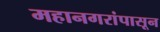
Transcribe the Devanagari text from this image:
महानगरांपासून